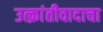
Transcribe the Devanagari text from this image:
उत्क्रांतीवादाचा